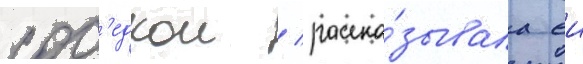
сос'едкои / расска́зывала еи